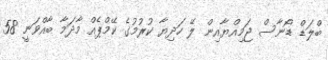
ބްލަޑް ޑޯނާސް ޖަމިއްޔާއިން ލޭ ހަދިޔާ ކުރުމުގެ ކޭމްޕެއް މާދަމާ ބާއްވަނީ 58